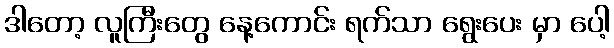
ဒါတော့ လူကြီးတွေ နေ့ကောင်း ရက်သာ ရွေးပေး မှာ ပေါ့